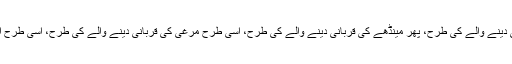
اس کے بعد آنے والا گائے کی قربانی دینے والے کی طرح، پھر مینڈھے کی قربانی دینے والے کی طرح، اسی طرح مرغی کی قربانی دینے والے کی طرح، اسی طرح انڈے کی قربانی دینے والے کی طرح۔